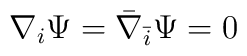
\nabla_i \Psi = {\bar \nabla}_{\bar i} \Psi =0